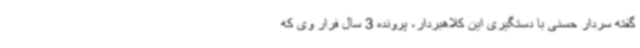
گفته سردار حسنی با دستگیری این کلاهبردار، پرونده 3 سال فرار وی که